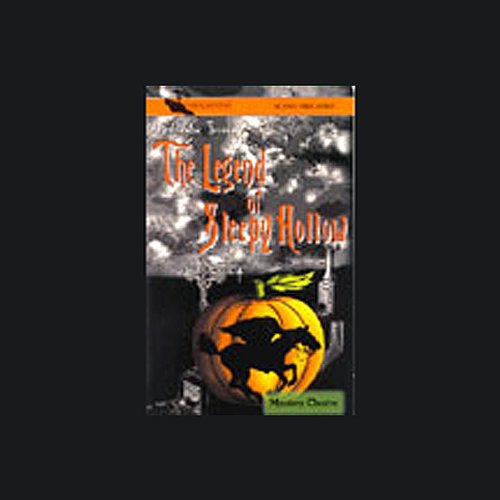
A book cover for The Legend of Sleepy Hollow (Dramatized); Washington Irving; Literature & Fiction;